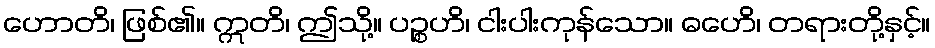
ဟောတိ၊ ဖြစ်၏။ ဣတိ၊ ဤသို့။ ပဉ္စဟိ၊ ငါးပါးကုန်သော။ ဓဟေိ၊ တရားတို့နှင့်။